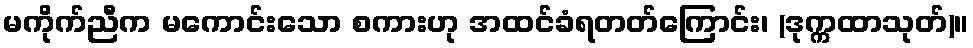
မကိုက်ညီက မကောင်းသော စကားဟု အထင်ခံရတတ်ကြောင်း၊ (ဒုက္ကထာသုတ်)။